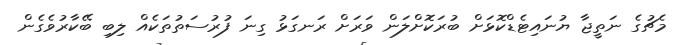
މެޗުގެ ނަތީޖާ ޔުނައިޓެޑްކޮޅަށް ބުރަކޮށްލަން ވަރަށް ރަނގަޅު ގިނަ ފުރުސަތުތަކެއް ލިބި ބޭކާރުވެގެން